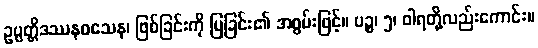
ဥပ္ပတ္တိဒဿနဝသေန၊ ဖြစ်ခြင်းကို ပြခြင်း၏ အစွမ်းဖြင့်။ ပဉ္စ၊ ၅၊ ဝါရတို့လည်းကောင်း။